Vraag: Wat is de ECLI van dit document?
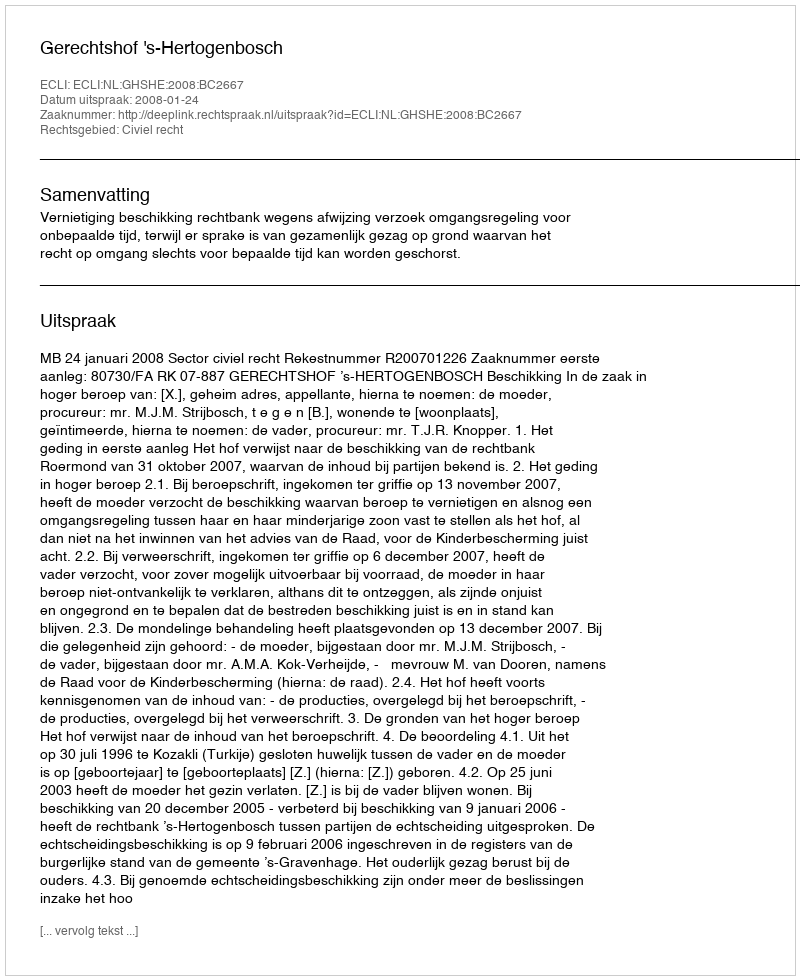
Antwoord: ECLI:NL:GHSHE:2008:BC2667